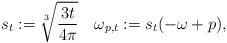
LaTeX: \begin{align*}s_t:=\sqrt[3]{\frac{3t}{4\pi}}\quad\omega_{p,t}:=s_t(-\omega + p),\end{align*}